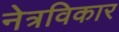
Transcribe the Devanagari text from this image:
नेत्रविकार